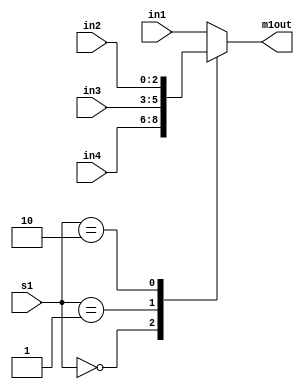
`timescale 1ns / 1ps
module MUX_1(in1, in2, in3, in4, s1, m1out);
input [2:0] in1, in2, in3, in4; 
input [1:0] s1; 
output reg [2:0] m1out; 
always @ (in1, in2, in3, in4, s1)
begin
	case(s1)
		2'b00: m1out = in4; 
		2'b01: m1out = in3; 
		2'b10: m1out = in2; 
		default m1out = in1;
	endcase
end
endmodule